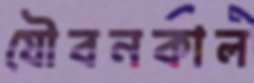
যৌবনকাল